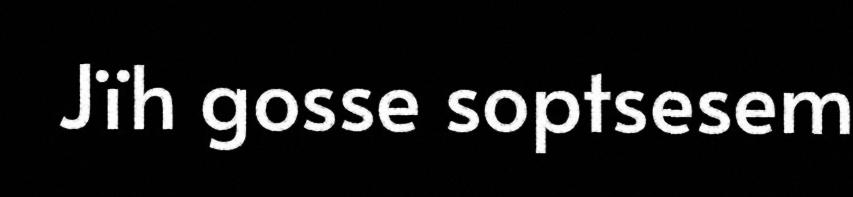
Jïh gosse soptsesem